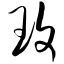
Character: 玟